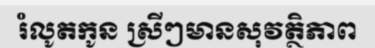
រំលូតកូន ស្រីៗមានសុវត្ថិភាព